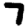
Digit: 7